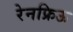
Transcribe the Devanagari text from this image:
रेनफ्रिऊ